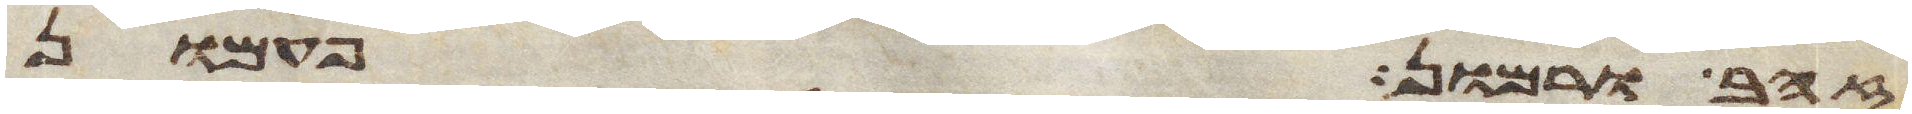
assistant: זהב ורמון פעמון